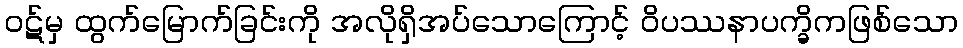
ဝဋ်မှ ထွက်မြောက်ခြင်းကို အလိုရှိအပ်သောကြောင့် ဝိပဿနာပက္ခိကဖြစ်သော